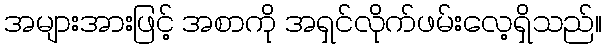
အများအားဖြင့် အစာကို အရှင်လိုက်ဖမ်းလေ့ရှိသည်။